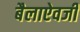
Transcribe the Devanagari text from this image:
बैलाऐवजी